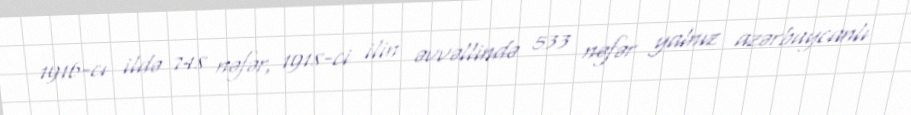
1916-cı ildə 748 nəfər, 1918-ci ilin əvvəllində 533 nəfər yalnız azərbaycanlı